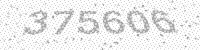
Solution: 375606